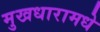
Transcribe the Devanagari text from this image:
मुखधारामधे